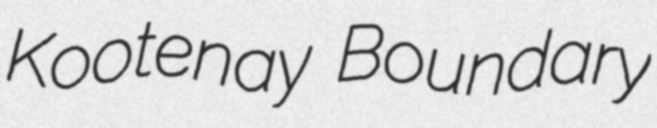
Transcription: Kootenay Boundary